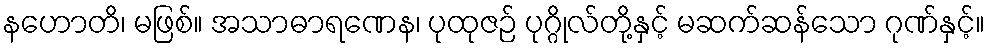
နဟောတိ၊ မဖြစ်။ အသာဓာရဏေန၊ ပုထုဇဉ် ပုဂ္ဂိုလ်တို့နှင့် မဆက်ဆန်သော ဂုဏ်နှင့်။